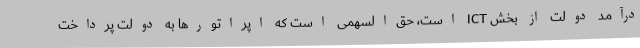
درآمد دولت از بخش ICT است، حق‌السهمی است که اپراتورها به دولت پرداخت